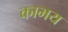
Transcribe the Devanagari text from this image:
काभय